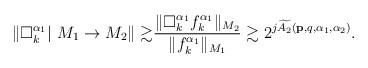
LaTeX: \begin{align*}\left\Vert \Box _{k}^{\alpha _{1}}|~M_{1}\rightarrow M_{2}\right\Vert\gtrsim & \frac{\Vert \Box _{k}^{\alpha _{1}}f_{k}^{\alpha _{1}}\Vert_{M_{2}}}{\Vert f_{k}^{\alpha _{1}}\Vert _{M_{1}}}\gtrsim2^{j\widetilde{A_{2}}(\mathbf{p},q,\alpha _{1},\alpha _{2})}.\end{align*}